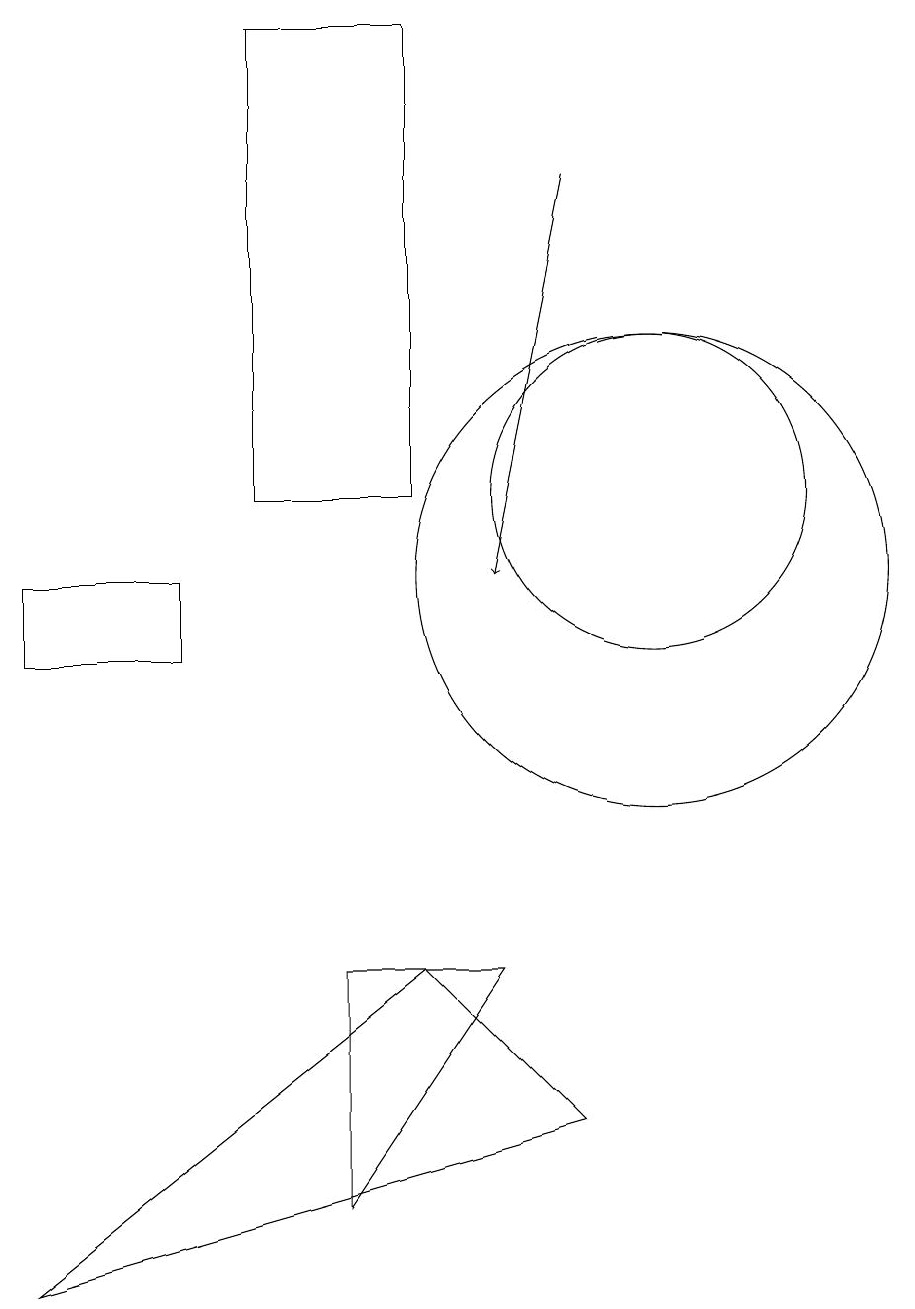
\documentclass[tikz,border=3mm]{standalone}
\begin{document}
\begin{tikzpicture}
\draw (10,12) circle (2);
\draw (8,6) -- (6,6) -- (6,3) -- cycle;
\draw (5,18) rectangle (7,12);
\draw (10,11) circle (3);
\draw (9,4) -- (2,2) -- (7,6) -- cycle;
\draw (2,10) rectangle (4,11);
\draw[->] (9,16) -- (8,11);
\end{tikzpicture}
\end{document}